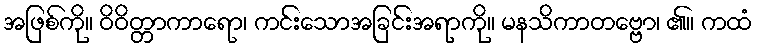
အဖြစ်ကို။ ဝိဝိတ္တာကာရော၊ ကင်းသောအခြင်းအရာကို။ မနသိကာတဗ္ဗော၊ ၏။ ကထံ